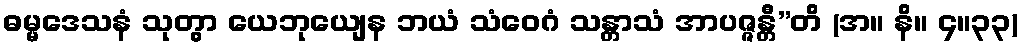
ဓမ္မဒေသနံ သုတွာ ယေဘုယျေန ဘယံ သံဝေဂံ သန္တာသံ အာပဇ္ဇန္တီ”တိ (အ။ နိ။ ၄။၃၃)